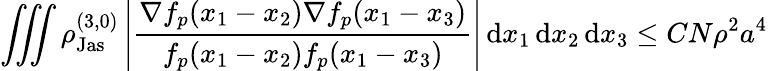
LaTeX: \iiint\rho_{\textnormal{Jas}}^{(3,0)}\left\vert\frac{\nabla f_{p}(x_{1}-x_{2})\nabla f_{p}(x_{1}-x_{3})}{f_{p}(x_{1}-x_{2})f_{p}(x_{1}-x_{3})}\right\vert\, \textnormal{d}x_{1}\, \textnormal{d}x_{2}\, \textnormal{d}x_{3}\leq CN\rho^{2}a^{4}